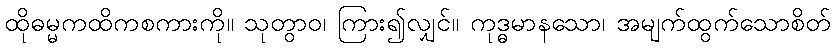
ထိုဓမ္မကထိကစကားကို။ သုတွာဝ၊ ကြား၍လျှင်။ ကုဒ္ဓမာနသော၊ အမျက်ထွက်သောစိတ်